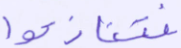
فتنازعوا